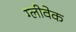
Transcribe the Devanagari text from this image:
ग्लीवेक